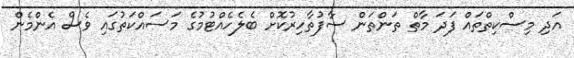
އަދި މިސްކިތްތައް ފަދަ މާތް ތަންތަން ސާފުތާހިރުކޮށް ބެލެހެއްޓުމުގެ މަސައްކަތުގައި ވެސް އެންމެން